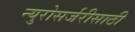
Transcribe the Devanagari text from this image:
न्युरोसर्जरीसाठी